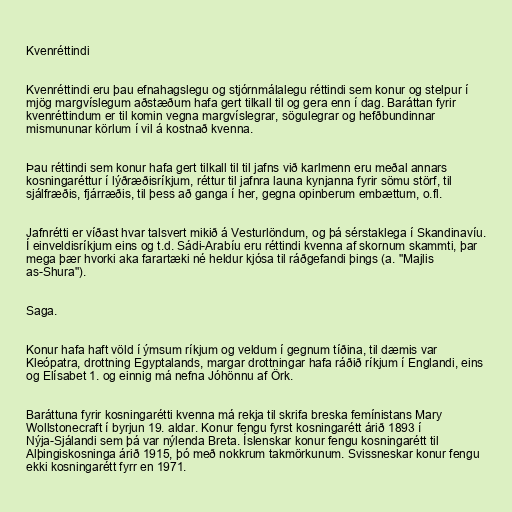
Kvenréttindi

Kvenréttindi eru þau efnahagslegu og stjórnmálalegu réttindi sem konur og stelpur í
mjög margvíslegum aðstæðum hafa gert tilkall til og gera enn í dag. Baráttan fyrir
kvenréttindum er til komin vegna margvíslegrar, sögulegrar og hefðbundinnar
mismununar körlum í vil á kostnað kvenna.

Þau réttindi sem konur hafa gert tilkall til til jafns við karlmenn eru meðal annars
kosningaréttur í lýðræðisríkjum, réttur til jafnra launa kynjanna fyrir sömu störf, til
sjálfræðis, fjárræðis, til þess að ganga í her, gegna opinberum embættum, o.fl.

Jafnrétti er víðast hvar talsvert mikið á Vesturlöndum, og þá sérstaklega í Skandinavíu.
Í einveldisríkjum eins og t.d. Sádi-Arabíu eru réttindi kvenna af skornum skammti, þar
mega þær hvorki aka farartæki né heldur kjósa til ráðgefandi þings (a. "Majlis
as-Shura").

Saga.

Konur hafa haft völd í ýmsum ríkjum og veldum í gegnum tíðina, til dæmis var
Kleópatra, drottning Egyptalands, margar drottningar hafa ráðið ríkjum í Englandi, eins
og Elísabet 1. og einnig má nefna Jóhönnu af Örk.

Baráttuna fyrir kosningarétti kvenna má rekja til skrifa breska femínistans Mary
Wollstonecraft í byrjun 19. aldar. Konur fengu fyrst kosningarétt árið 1893 í
Nýja-Sjálandi sem þá var nýlenda Breta. Íslenskar konur fengu kosningarétt til
Alþingiskosninga árið 1915, þó með nokkrum takmörkunum. Svissneskar konur fengu
ekki kosningarétt fyrr en 1971.